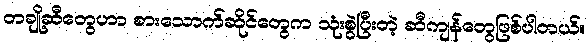
တချို့ဆီတွေဟာ စားသောက်ဆိုင်တွေက သုံးစွဲပြီးတဲ့ ဆီကျန်တွေဖြစ်ပါတယ်။